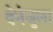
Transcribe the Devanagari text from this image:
वेनेजुला